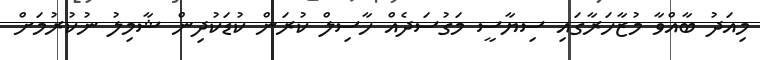
މިއަދު ބާއްވާ މުޒާހަރާގައި ސިޔާސީ މަގުސަދެއް ހާސިލް ކުރަން ކުޑަކުދިން ޝާމިލު ނުކުރުމަށް